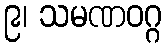
၉၊ သမဏဝဂ္ဂ